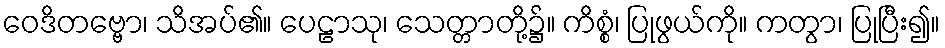
ဝေဒိတဗ္ဗော၊ သိအပ်၏။ ပေဠာသု၊ သေတ္တာတို့၌။ ကိစ္စံ၊ ပြုဖွယ်ကို။ ကတွာ၊ ပြုပြီး၍။